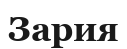
Зария